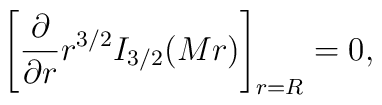
\left[{\partial \over \partial r}r^{3/2}I_{3/2}(Mr)\right]_{r=R}=0,